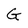
Character: G